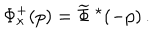
LaTeX: \Phi _ { \kappa } ^ { + } ( p ) = \widetilde { \Phi } \ ^ { \star } ( - p ) \, .